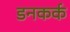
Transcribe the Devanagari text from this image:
डनकर्क